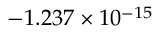
- 1 . 2 3 7 \times 1 0 ^ { - 1 5 }